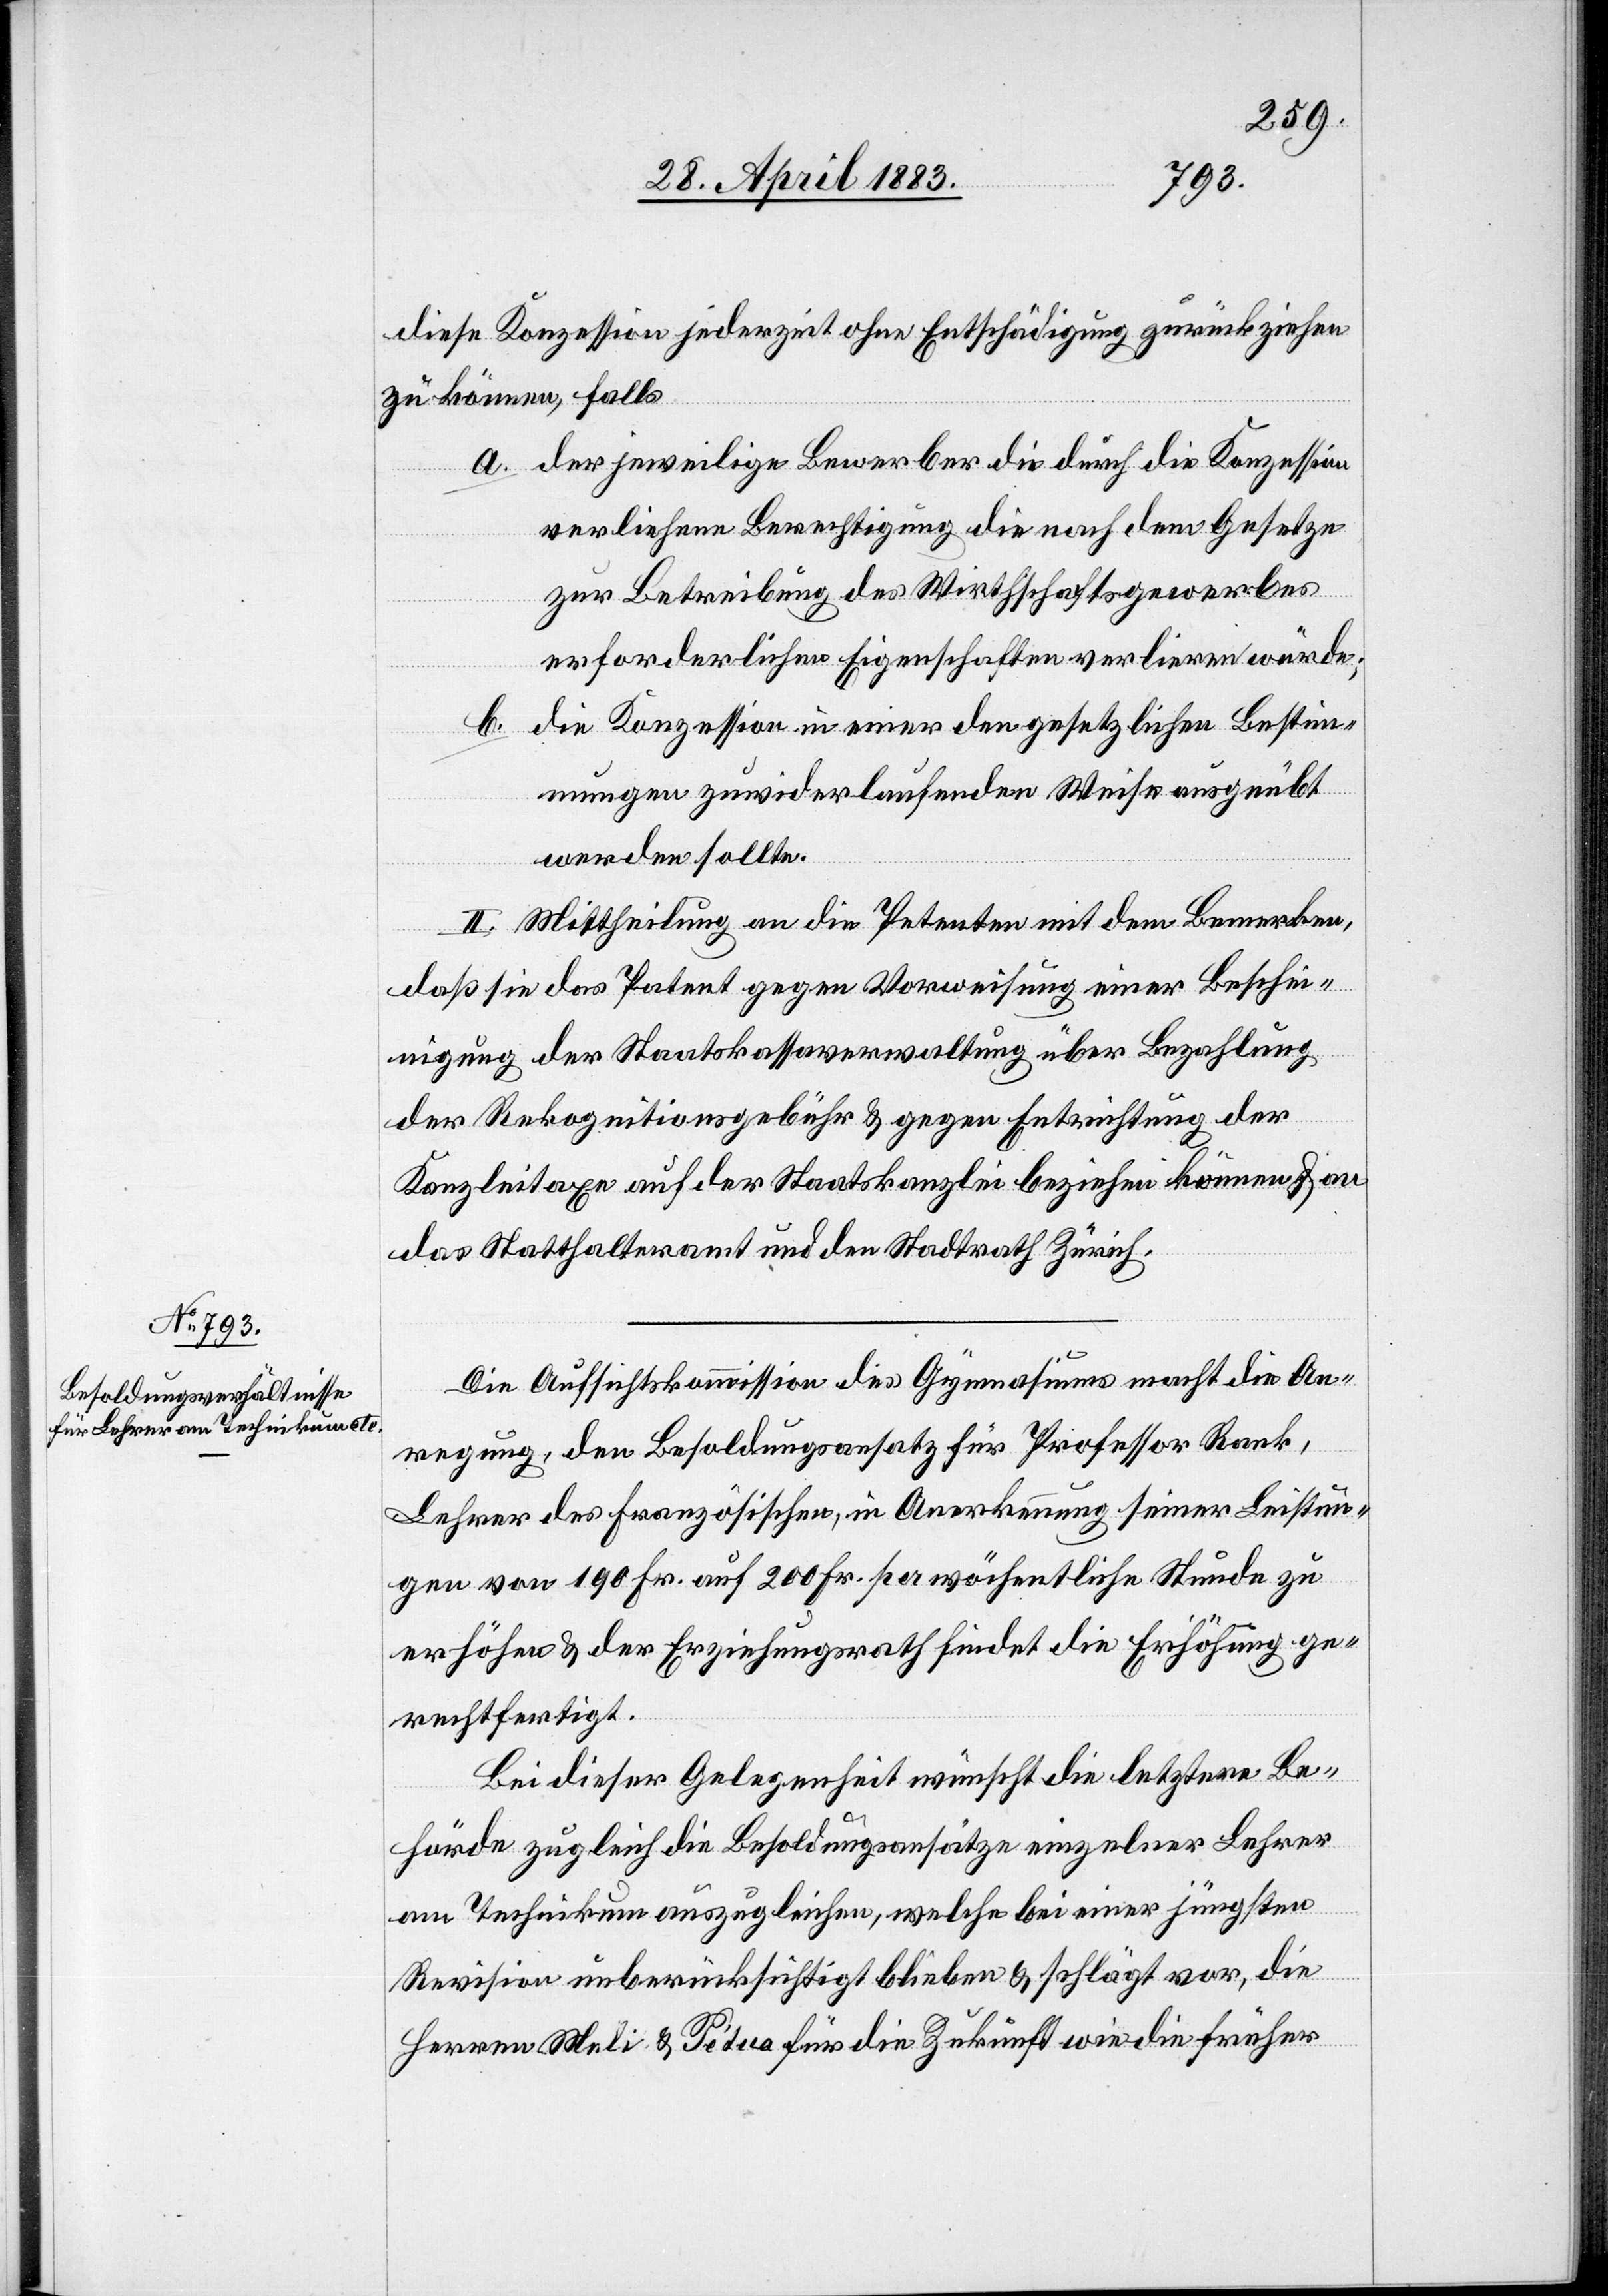
diese Konzession jederzeit ohne Entschädigung zurückziehen
zu können, falls
a. der jeweilige Bewerber die durch die Konzession
verliehene Berechtigung die nach dem Gesetze
zur Betreibung des Wirthschaftsgewerbes
erforderlichen Eigenschaften verlieren würde;
b. die Konzession in einer den gesetzlichen Bestimm¬
ungen zuwiderlaufenden Weise ausgeübt
werden sollte.
III.] Mittheilung an die Petenten mit dem Bemerken,
daß sie das Patent gegen Vorweisung einer Beschei¬
nigung der Staatskassaverwaltung über Bezahlung
der Rekognitionsgebühr & gegen Entrichtung der
Kanzleitaxe auf der Staatskanzlei beziehen können & an
das Statthalteramt und den Stadtrath Zürich.
Die Aufsichtskommission des Gymnasiums macht die An¬
regung, den Besoldungsansatz für Professor Rank,
Lehrer des Französischen, in Anerkennung seiner Leistun¬
gen von 190 Fr. auf 200 Fr. per wöchentliche Stunde zu
erhöhen & der Erziehungsrath findet die Erhöhung ge¬
rechtfertigt.
Bei dieser Gelegenheit wünscht die letztere Be¬
hörde zugleich die Besoldungsansätze einzelner Lehrer
am Technikum auszugleichen, welche bei einer jüngsten
Revision unberücksichtigt blieben & schlägt vor, die
Herren Meli & Pétua für die Zukunft wie die früher